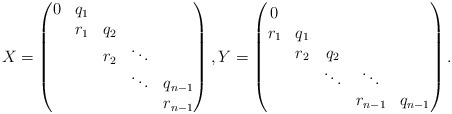
\begin{align*}X = \begin{pmatrix}0 & q_1 &&&\\&r_1&q_2&&\\&&r_2&\ddots&\\&&&\ddots& q_{n-1}\\&&&& r_{n-1}\end{pmatrix},Y = \begin{pmatrix}0 &&&&\\r_1&q_1&&&\\&r_2&q_2&&\\&&\ddots& \ddots &\\&&& r_{n-1}&q_{n-1}\end{pmatrix}.\end{align*}